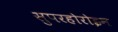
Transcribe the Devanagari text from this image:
सुपरहोरोइन